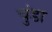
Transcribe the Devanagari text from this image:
चुंडा